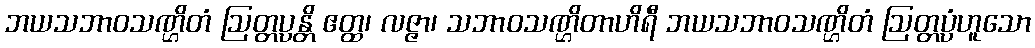
ဘယသဘာဝသဏ္ဌိတံ ဩတ္တပ္ပန္တိ ဧတ္ထ၊ လဇ္ဇာ၊ သဘာဝသဏ္ဌိတာဟိရီ ဘယသဘာဝသဏ္ဌိတံ ဩတ္တပ္ပံဟူသော